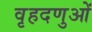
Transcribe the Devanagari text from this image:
वृहदणुओं